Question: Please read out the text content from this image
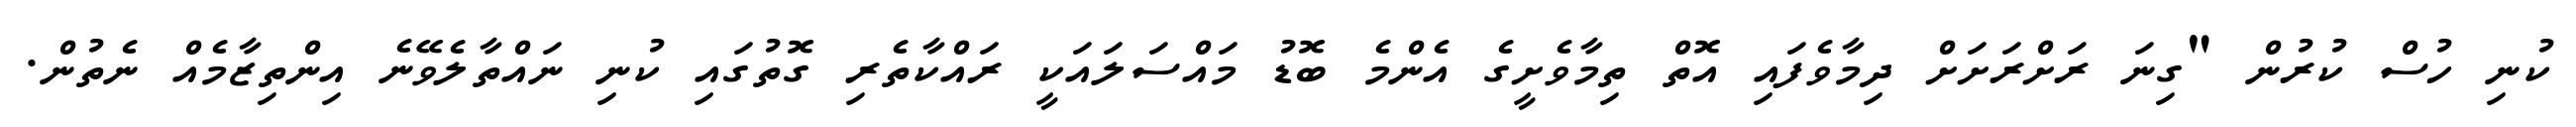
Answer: ކުނި ހުސް ކުރުން "ގިނަ ރަށްރަށަށް ދިމާވެފައި އޮތް ތިމާވެށީގެ އެންމެ ބޮޑު މައްސަލައަކީ ރައްކާތެރި ގޮތުގައި ކުނި ނައްތާލެވޭނެ އިންތިޒާމެއް ނެތުން.